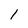
Character: I